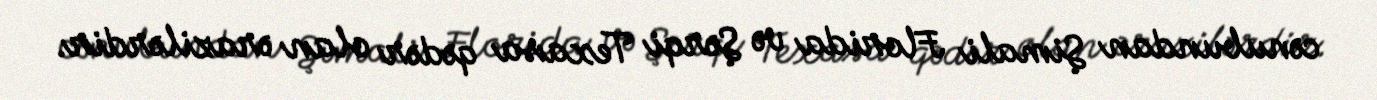
cənubundan Şimali Florida və Şərqi Texasa qədər olan ərazilərdir.